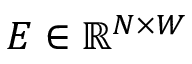
E \in \mathbb { R } ^ { N \times W }